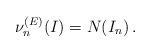
LaTeX: \begin{align*}\nu_n^{(E)}(I) = N(I_n) \, .\end{align*}